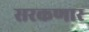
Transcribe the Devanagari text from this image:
सरकणार